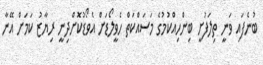
ބުނެފައި ވަނީ ތިލަފުށީ ބިންހިއްކުމުގެ މަސައްކަތް ހެވީލޯޑަށް އެވޯޑުކޮށްދިނީ ރިޔާޒު ކަމަށް އޭނާ